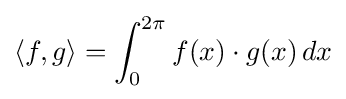
\langle f,g\rangle =\int _{0}^{2\pi }f(x)\cdot g(x)\,dx